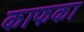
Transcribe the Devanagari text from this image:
काफका